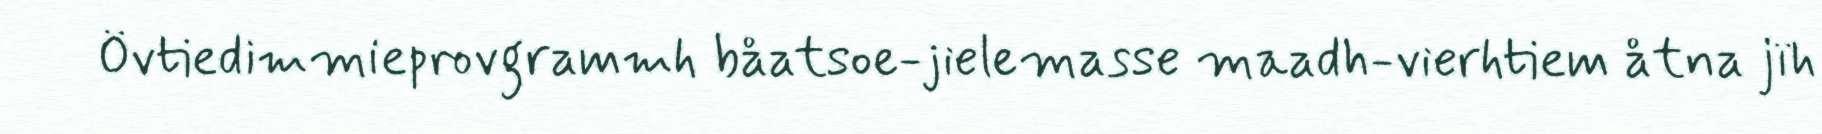
Övtiedimmieprovgrammh båatsoe-jielemasse maadh-vierhtiem åtna jïh